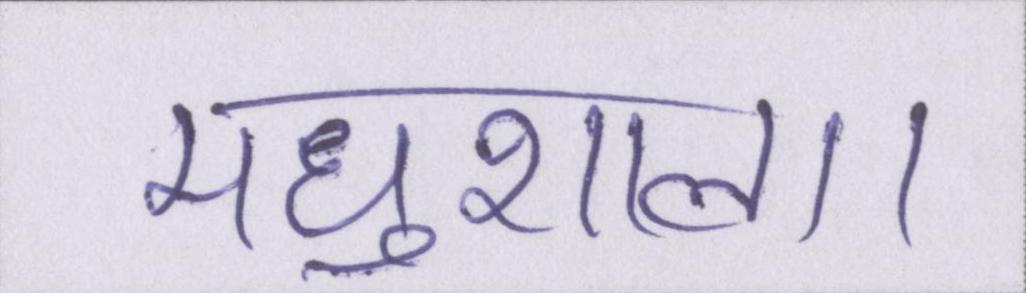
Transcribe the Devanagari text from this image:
मधुशाला।